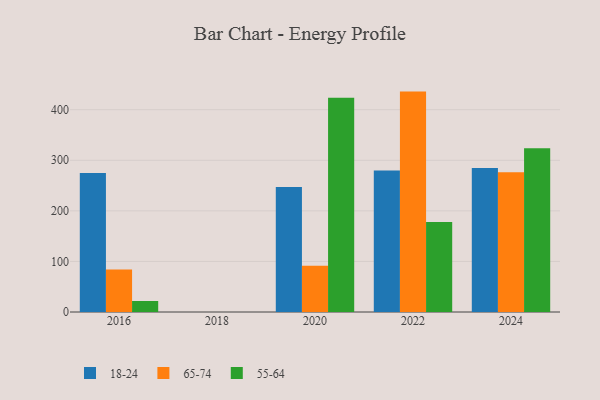
{"axis": {"x": "Year", "y": "Humidity (%)"}, "legend": ["18-24", "55-64", "65-74"], "data": [{"x": "2016", "y": 275.0, "type": "18-24"}, {"x": "2016", "y": 83.8, "type": "65-74"}, {"x": "2016", "y": 21.8, "type": "55-64"}, {"x": "2024", "y": 284.7, "type": "18-24"}, {"x": "2024", "y": 276.3, "type": "65-74"}, {"x": "2024", "y": 324.0, "type": "55-64"}, {"x": "2022", "y": 279.8, "type": "18-24"}, {"x": "2022", "y": 435.8, "type": "65-74"}, {"x": "2022", "y": 178.1, "type": "55-64"}, {"x": "2020", "y": 247.4, "type": "18-24"}, {"x": "2020", "y": 91.4, "type": "65-74"}, {"x": "2020", "y": 423.6, "type": "55-64"}]}